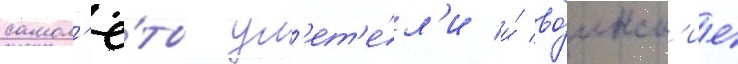
самол'ё́ты ул'ет'е́л'и и́ во́инск'ие